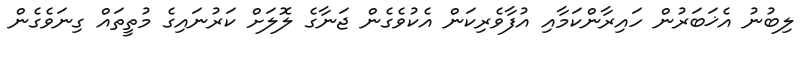
ލިބުނު އެޚަބަރުން ހައިރާންކަމާއި އުފާވެރިކަން އެކުވެގެން ޖަނާގެ ލޮލަށް ކަރުނައިގެ މުތީތައް ގިނަވެގެން